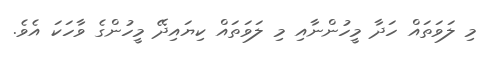
މި ލަވަތައް ހަދާ މީހުންނާއި މި ލަވަތައް ކިޔައިދޭ މީހުންގެ ވާހަކަ އެވެ.